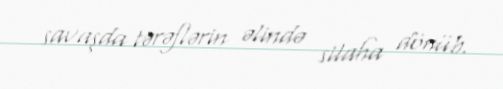
savaşda tərəflərin əlində silaha dönüb.